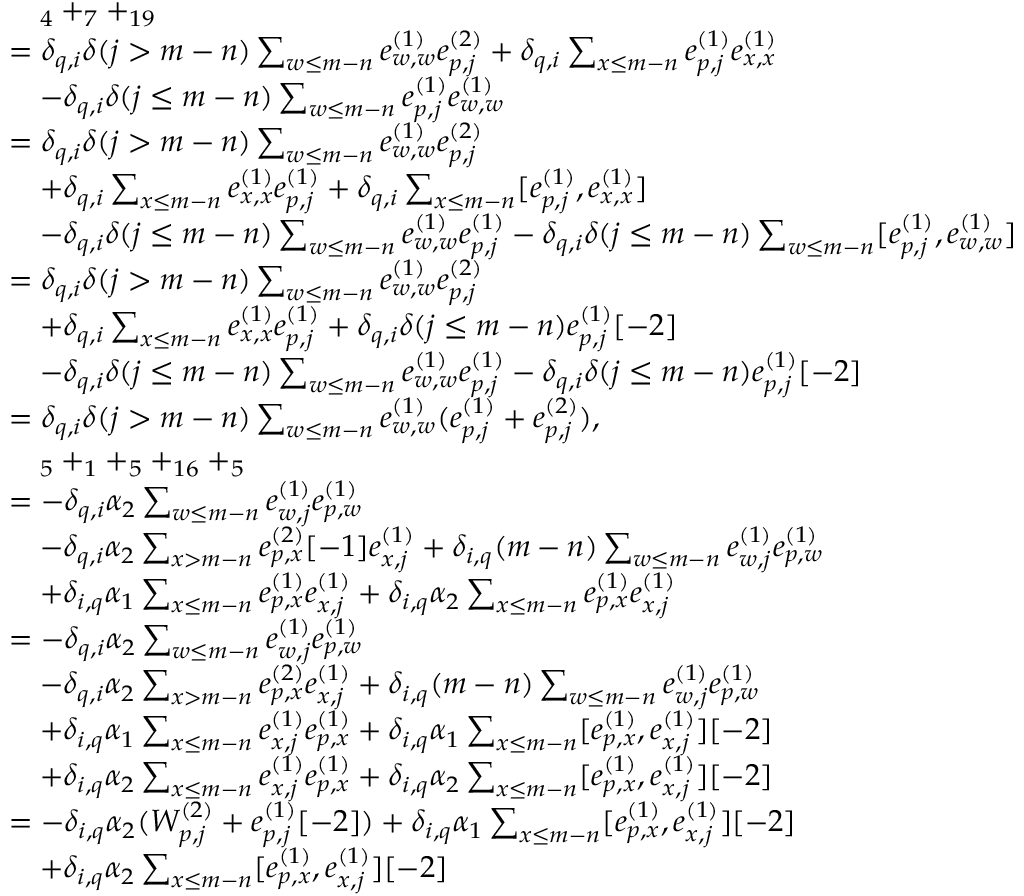
\begin{array} { r l } & { \quad _ { 4 } + _ { 7 } + _ { 1 9 } } \\ & { = \delta _ { q , i } \delta ( j > m - n ) \sum _ { \substack { w \leq m - n } } e _ { w , w } ^ { ( 1 ) } e _ { p , j } ^ { ( 2 ) } + \delta _ { q , i } \sum _ { \substack { x \leq m - n } } e _ { p , j } ^ { ( 1 ) } e _ { x , x } ^ { ( 1 ) } } \\ & { \quad - \delta _ { q , i } \delta ( j \leq m - n ) \sum _ { \substack { w \leq m - n } } e _ { p , j } ^ { ( 1 ) } e _ { w , w } ^ { ( 1 ) } } \\ & { = \delta _ { q , i } \delta ( j > m - n ) \sum _ { \substack { w \leq m - n } } e _ { w , w } ^ { ( 1 ) } e _ { p , j } ^ { ( 2 ) } } \\ & { \quad + \delta _ { q , i } \sum _ { \substack { x \leq m - n } } e _ { x , x } ^ { ( 1 ) } e _ { p , j } ^ { ( 1 ) } + \delta _ { q , i } \sum _ { \substack { x \leq m - n } } [ e _ { p , j } ^ { ( 1 ) } , e _ { x , x } ^ { ( 1 ) } ] } \\ & { \quad - \delta _ { q , i } \delta ( j \leq m - n ) \sum _ { \substack { w \leq m - n } } e _ { w , w } ^ { ( 1 ) } e _ { p , j } ^ { ( 1 ) } - \delta _ { q , i } \delta ( j \leq m - n ) \sum _ { \substack { w \leq m - n } } [ e _ { p , j } ^ { ( 1 ) } , e _ { w , w } ^ { ( 1 ) } ] } \\ & { = \delta _ { q , i } \delta ( j > m - n ) \sum _ { \substack { w \leq m - n } } e _ { w , w } ^ { ( 1 ) } e _ { p , j } ^ { ( 2 ) } } \\ & { \quad + \delta _ { q , i } \sum _ { \substack { x \leq m - n } } e _ { x , x } ^ { ( 1 ) } e _ { p , j } ^ { ( 1 ) } + \delta _ { q , i } \delta ( j \leq m - n ) e _ { p , j } ^ { ( 1 ) } [ - 2 ] } \\ & { \quad - \delta _ { q , i } \delta ( j \leq m - n ) \sum _ { \substack { w \leq m - n } } e _ { w , w } ^ { ( 1 ) } e _ { p , j } ^ { ( 1 ) } - \delta _ { q , i } \delta ( j \leq m - n ) e _ { p , j } ^ { ( 1 ) } [ - 2 ] } \\ & { = \delta _ { q , i } \delta ( j > m - n ) \sum _ { \substack { w \leq m - n } } e _ { w , w } ^ { ( 1 ) } ( e _ { p , j } ^ { ( 1 ) } + e _ { p , j } ^ { ( 2 ) } ) , } \\ & { \quad _ { 5 } + _ { 1 } + _ { 5 } + _ { 1 6 } + _ { 5 } } \\ & { = - \delta _ { q , i } \alpha _ { 2 } \sum _ { w \leq m - n } e _ { w , j } ^ { ( 1 ) } e _ { p , w } ^ { ( 1 ) } } \\ & { \quad - \delta _ { q , i } \alpha _ { 2 } \sum _ { x > m - n } e _ { p , x } ^ { ( 2 ) } [ - 1 ] e _ { x , j } ^ { ( 1 ) } + \delta _ { i , q } ( m - n ) \sum _ { w \leq m - n } e _ { w , j } ^ { ( 1 ) } e _ { p , w } ^ { ( 1 ) } } \\ & { \quad + \delta _ { i , q } \alpha _ { 1 } \sum _ { x \leq m - n } e _ { p , x } ^ { ( 1 ) } e _ { x , j } ^ { ( 1 ) } + \delta _ { i , q } \alpha _ { 2 } \sum _ { x \leq m - n } e _ { p , x } ^ { ( 1 ) } e _ { x , j } ^ { ( 1 ) } } \\ & { = - \delta _ { q , i } \alpha _ { 2 } \sum _ { w \leq m - n } e _ { w , j } ^ { ( 1 ) } e _ { p , w } ^ { ( 1 ) } } \\ & { \quad - \delta _ { q , i } \alpha _ { 2 } \sum _ { x > m - n } e _ { p , x } ^ { ( 2 ) } e _ { x , j } ^ { ( 1 ) } + \delta _ { i , q } ( m - n ) \sum _ { w \leq m - n } e _ { w , j } ^ { ( 1 ) } e _ { p , w } ^ { ( 1 ) } } \\ & { \quad + \delta _ { i , q } \alpha _ { 1 } \sum _ { x \leq m - n } e _ { x , j } ^ { ( 1 ) } e _ { p , x } ^ { ( 1 ) } + \delta _ { i , q } \alpha _ { 1 } \sum _ { x \leq m - n } [ e _ { p , x } ^ { ( 1 ) } , e _ { x , j } ^ { ( 1 ) } ] [ - 2 ] } \\ & { \quad + \delta _ { i , q } \alpha _ { 2 } \sum _ { x \leq m - n } e _ { x , j } ^ { ( 1 ) } e _ { p , x } ^ { ( 1 ) } + \delta _ { i , q } \alpha _ { 2 } \sum _ { x \leq m - n } [ e _ { p , x } ^ { ( 1 ) } , e _ { x , j } ^ { ( 1 ) } ] [ - 2 ] } \\ & { = - \delta _ { i , q } \alpha _ { 2 } ( W _ { p , j } ^ { ( 2 ) } + e _ { p , j } ^ { ( 1 ) } [ - 2 ] ) + \delta _ { i , q } \alpha _ { 1 } \sum _ { x \leq m - n } [ e _ { p , x } ^ { ( 1 ) } , e _ { x , j } ^ { ( 1 ) } ] [ - 2 ] } \\ & { \quad + \delta _ { i , q } \alpha _ { 2 } \sum _ { x \leq m - n } [ e _ { p , x } ^ { ( 1 ) } , e _ { x , j } ^ { ( 1 ) } ] [ - 2 ] } \end{array}